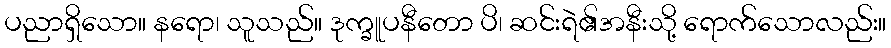
ပညာရှိသော။ နရော၊ သူသည်။ ဒုက္ခူပနီတော ပိ၊ ဆင်းရဲ၏အနီးသို့ ရောက်သောလည်း။